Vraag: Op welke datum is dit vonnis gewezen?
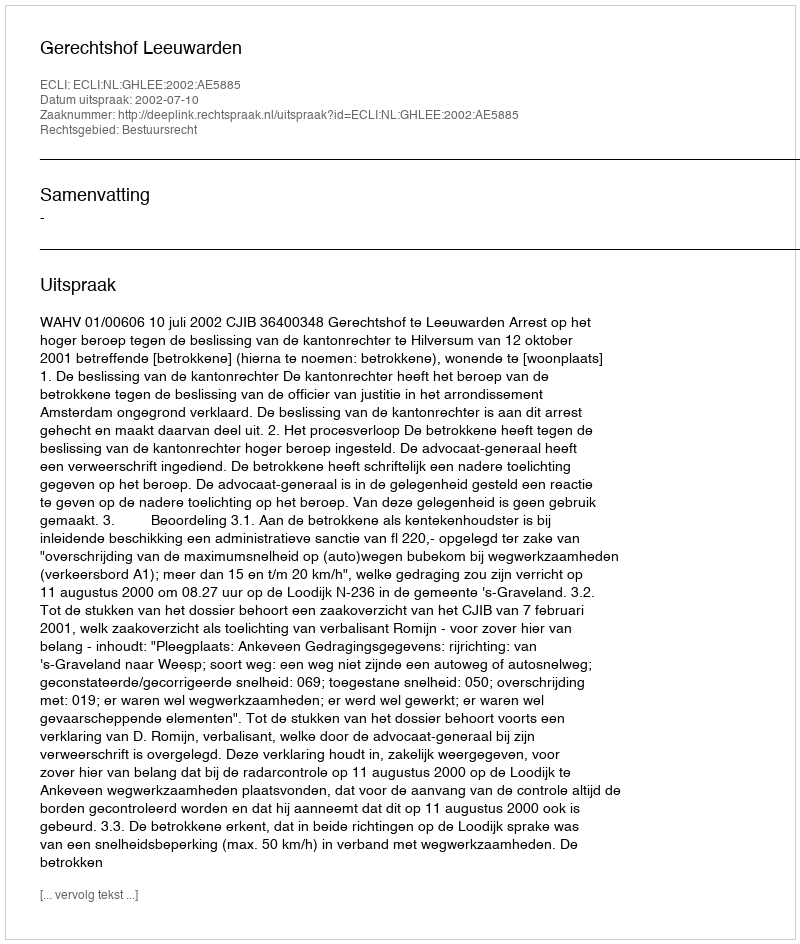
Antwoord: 2002-07-10